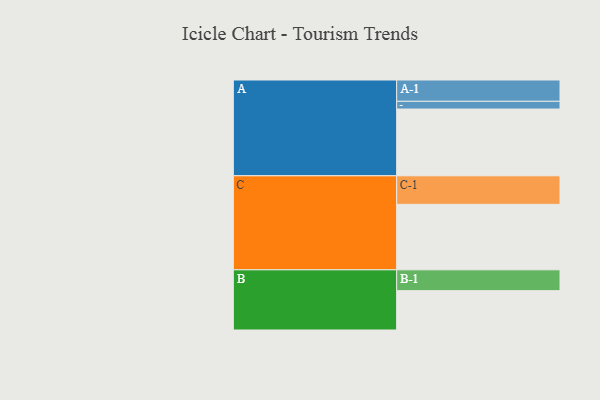
{"axis": {"x": "Segment", "y": "Value"}, "legend": ["", "A", "B", "C"], "data": [{"x": "A", "y": 570, "type": ""}, {"x": "B", "y": 336, "type": ""}, {"x": "C", "y": 559, "type": ""}, {"x": "A-1", "y": 182, "type": "A"}, {"x": "A-2", "y": 66, "type": "A"}, {"x": "B-1", "y": 178, "type": "B"}, {"x": "C-1", "y": 244, "type": "C"}]}